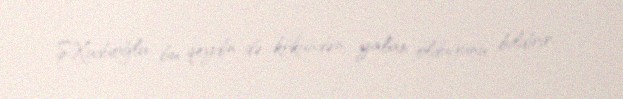
Ş.Xuduoğlu bu qeydin də kökündən yalan olduğunu bildirir.